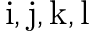
\mathrm { i , j , k , l }